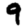
Digit: 9